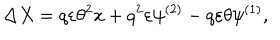
\Delta X = q \varepsilon \theta ^ { 2 } \dot { x } + q ^ { 2 } \varepsilon \psi ^ { ( 2 ) } - q \varepsilon \theta \psi ^ { ( 1 ) } ,